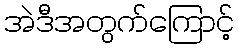
အဲဒီအတွက်ကြောင့်